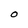
Character: O